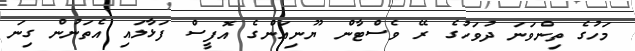
މަހުގެ ތިންވަނަ ދުވަހުގެ ރޭ ވެސްޓާން ޔޫނިއަންގެ އޮފީސް ފަޅާލައި އެތަނުން ގިނަ